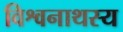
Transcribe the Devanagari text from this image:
विश्वनाथस्य